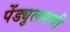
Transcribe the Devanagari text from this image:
पेंड्युलमची